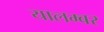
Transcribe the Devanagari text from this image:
यालम्बर